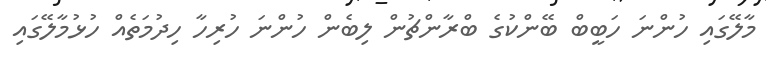
މާލޭގައި ހުންނަ ހަބީބް ބޭންކުގެ ބްރާންޗުން ލިބެން ހުންނަ ހުރިހާ ހިދުމަތެއް ހުޅުމާލޭގައި